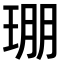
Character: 㻚